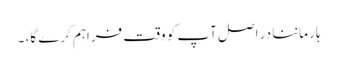
ہار ماننا در اصل آپ کو وقت فراہم کرے گا، ۔